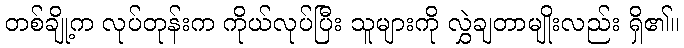
တစ်ချို့က လုပ်တုန်းက ကိုယ်လုပ်ပြီး သူများကို လွှဲချတာမျိုးလည်း ရှိ၏။